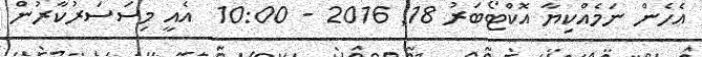
އެހެން ނަމެއްކިޔާ އޮކްޓޯބަރު 18